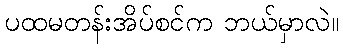
ပထမတန်းအိပ်စင်က ဘယ်မှာလဲ။